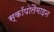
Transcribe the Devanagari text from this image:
स्कॉपोलैमाइन